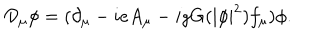
LaTeX: { \cal D } _ { \mu } \phi = ( \partial _ { \mu } - i e A _ { \mu } - i g G ( | \phi | ^ { 2 } ) f _ { \mu } ) \phi .